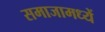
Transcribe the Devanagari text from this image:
समाजामध्यें